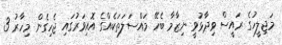
މަޖިލީހުގެ ރައީސް ވިދާޅުވީ ނިޒާމާ ބެހޭ މައްސަލަތަކެއްގެ އޮއިވަރުގައި ޖެހިގެން މިހާރު 3